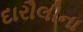
દારૌલીના